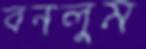
বনলুম